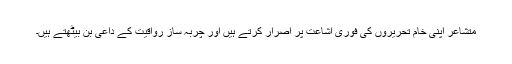
متشاعر اپنی خام تحریروں کی فوری اشاعت پر اصرار کرتے ہیں اور چربہ ساز رواقیت کے داعی بن بیٹھتے ہیں۔